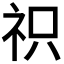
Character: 𮁦